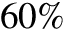
6 0 \%